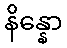
နိန္နော